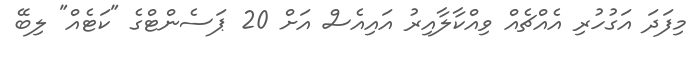
މިފަދަ އަގުހުރި އެއްޗެއް ވިއްކާލާއިރު އައިއެސް އަށް 20 ޕަސެންޓްގެ "ކަޓެއް" ލިބޭ